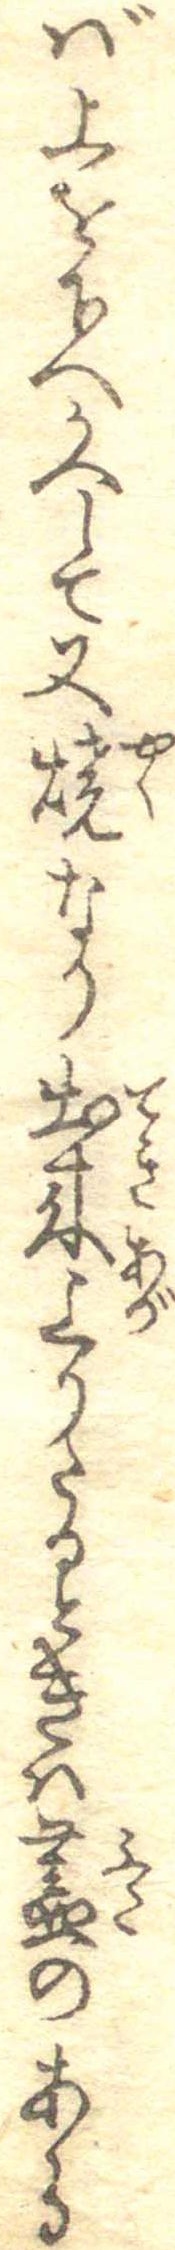
ば上を下へかへして又焼なり出来上りたるときは蓋のある